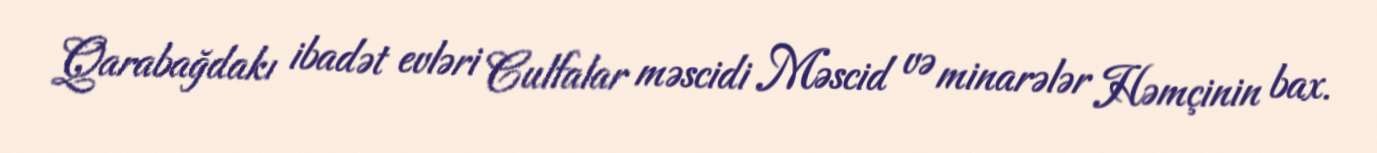
Qarabağdakı ibadət evləri Culfalar məscidi Məscid və minarələr Həmçinin bax.